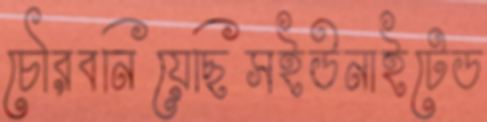
চৌরবনিয়েছিসইউনাইটেড